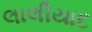
લાલીયાદ